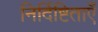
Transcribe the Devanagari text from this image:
निर्दिष्टिताएँ